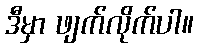
ဒီမှာ ဖျက်လိုက်ပါ။